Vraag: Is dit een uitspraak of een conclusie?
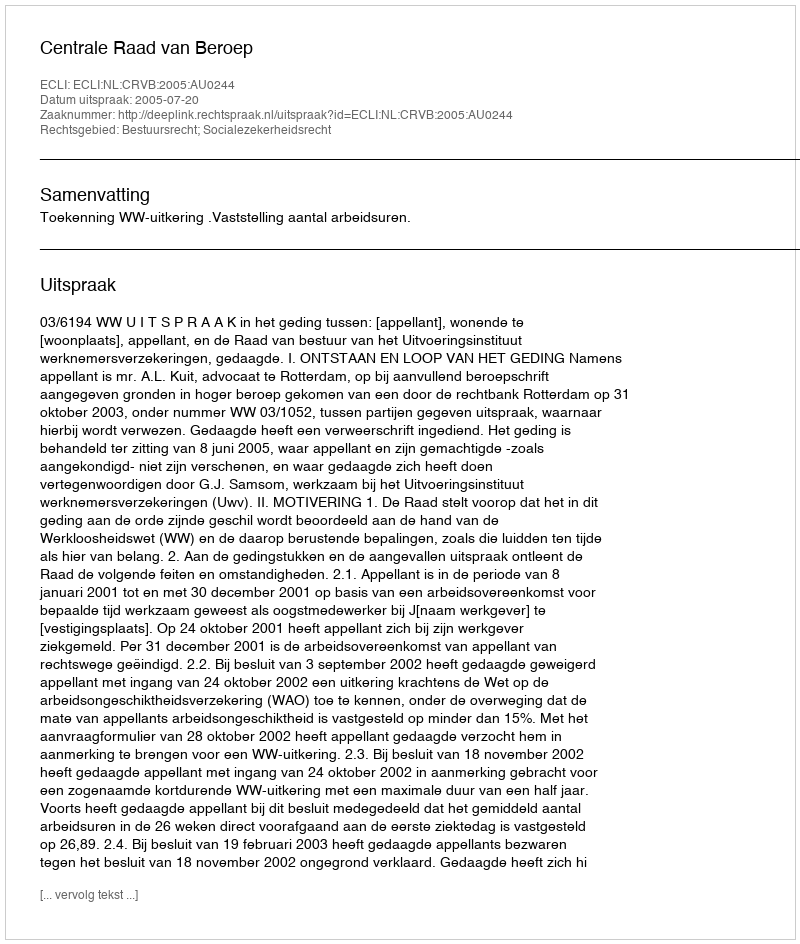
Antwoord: Uitspraak